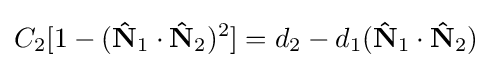
C_{2}[1-(\mathbf {\hat {N}} _{1}\cdot \mathbf {\hat {N}} _{2})^{2}]=d_{2}-d_{1}(\mathbf {\hat {N}} _{1}\cdot \mathbf {\hat {N}} _{2})